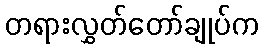
တရားလွှတ်တော်ချုပ်က